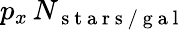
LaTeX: p_{x}\, N_{\mathrm{~s~t~a~r~s~/~g~a~l~}}